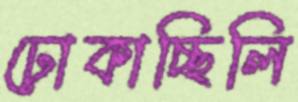
ঢোকাচ্ছিলি